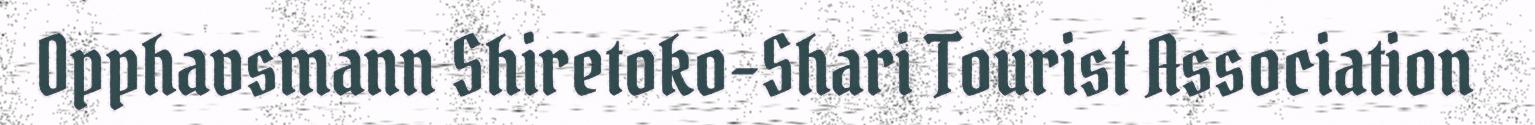
Opphavsmann Shiretoko-Shari Tourist Association